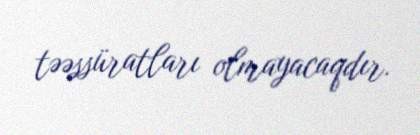
təəssüratları olmayacaqdır.